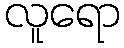
လူရော